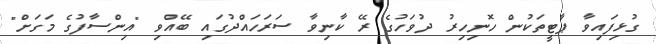
ގުޅިފައިވާ ޕާޓީތަކުން ހޮނިހިރު ދުވަހުގެ ރޭ ކާނިވާ ސަރަހައްދުގައި ބޭއްވި "އިންސާފުގެ މަގަށް"